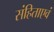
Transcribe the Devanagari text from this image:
संहिताएवं